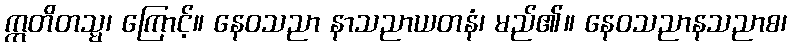
ဣတိတသ္မ၊ ကြောင့်။ နေဝသညာ နာသညာယတနံ၊ မည်၏။ နေဝသညာနသညာစ၊